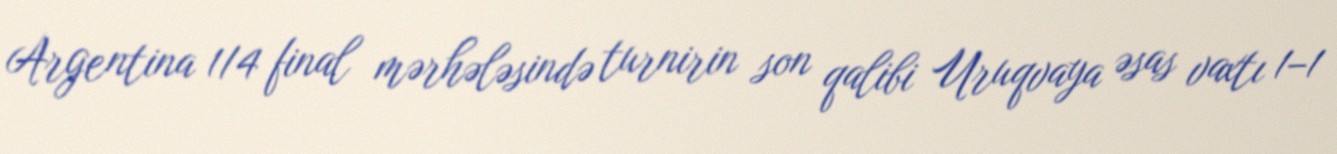
Argentina 1/4 final mərhələsində turnirin son qalibi Uruqvaya əsas vaxtı 1–1